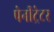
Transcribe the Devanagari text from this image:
पेनीट्रेटर